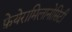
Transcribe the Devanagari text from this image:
फ़ेयेरामिलानोसिटी